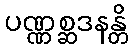
ပဏ္ဏစ္ဆဒနန္တိ